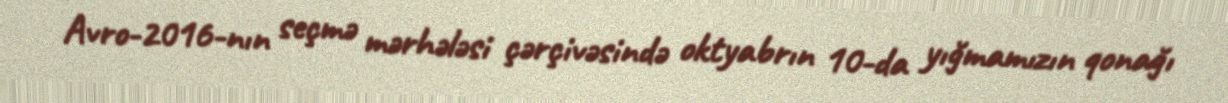
Avro-2016-nın seçmə mərhələsi çərçivəsində oktyabrın 10-da yığmamızın qonağı